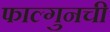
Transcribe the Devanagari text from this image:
फाल्गुनची